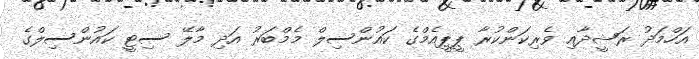
އަހްމަދު ރަޝީދާއި ވެރިކަންކުރާ ޕީޕީއެމްގެ ކައުންސިލް މެމްބަރު އަދި މާލޭ ސިޓީ ކައުންސިލްގެ